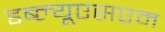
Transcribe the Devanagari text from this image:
डब्ल्यूएसएम